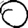
Digit: 0